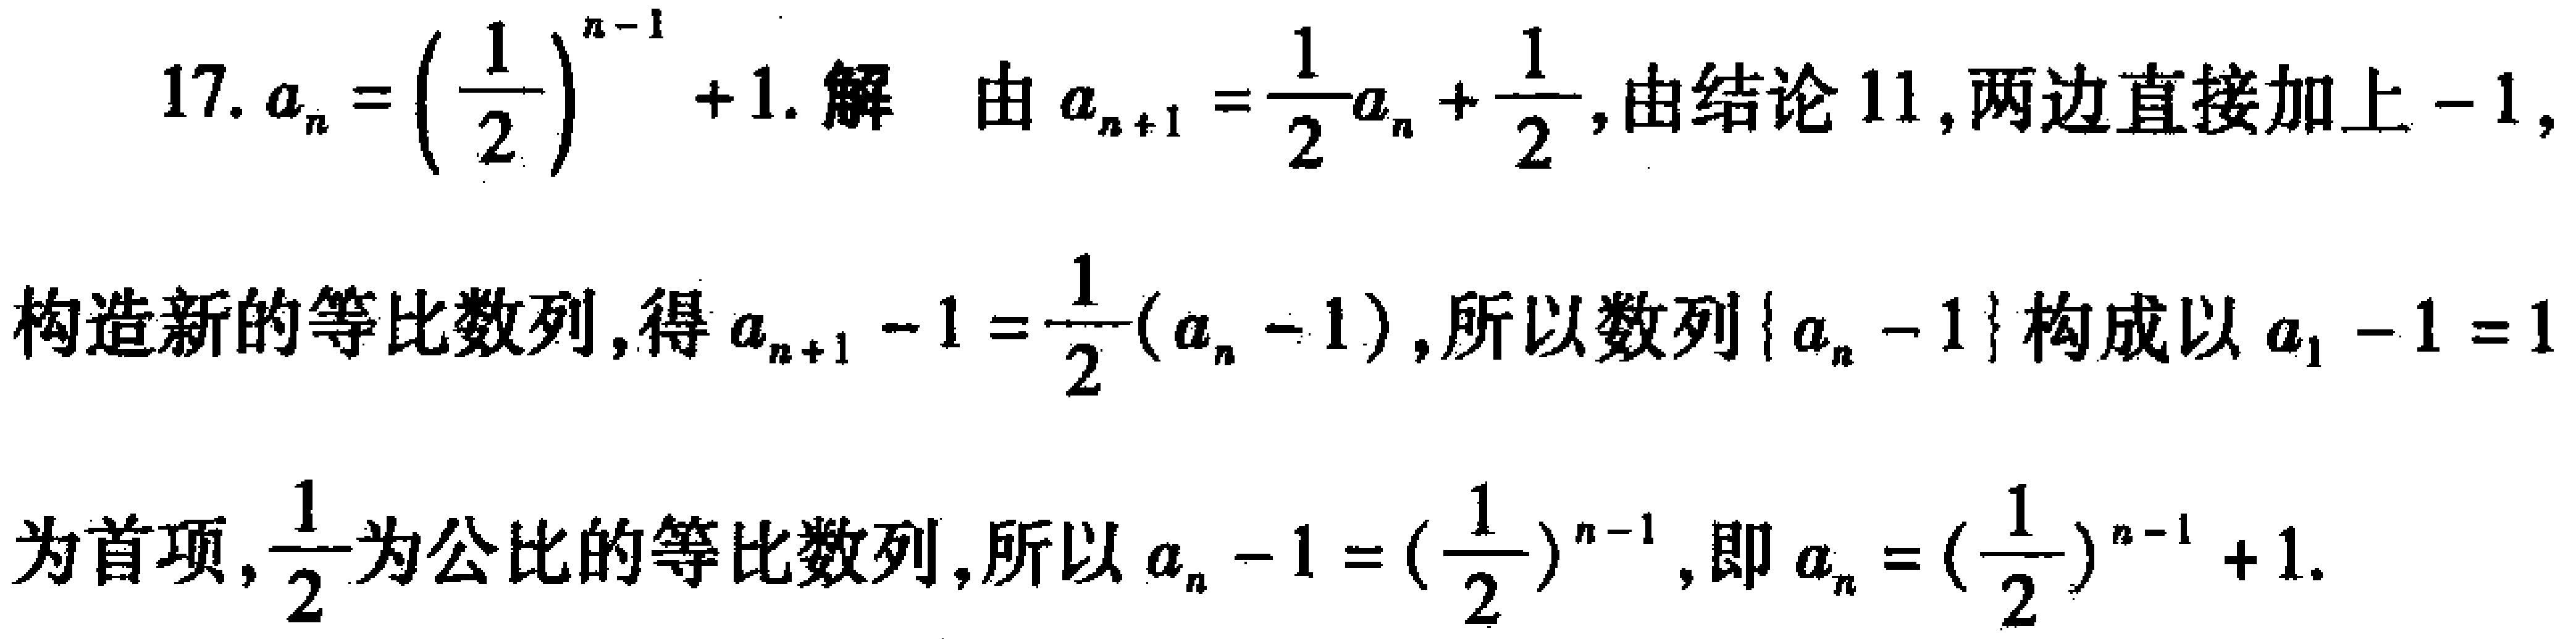
17. \(a_{n}=\left(\frac{1}{2}\right)^{n - 1}+1\). 解 由\(a_{n + 1}=\frac{1}{2}a_{n}+\frac{1}{2}\), 由结论11, 两边直接加上\(-1\),

构造新的等比数列, 得\(a_{n + 1}-1=\frac{1}{2}(a_{n}-1)\), 所以数列\(\{a_{n}-1\}\)构成以\(a_{1}-1 = 1\)

为首项, \(\frac{1}{2}\)为公比的等比数列, 所以\(a_{n}-1=\left(\frac{1}{2}\right)^{n - 1}\), 即\(a_{n}=\left(\frac{1}{2}\right)^{n - 1}+1\).